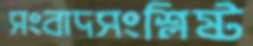
সংবাদসংশ্লিষ্ট